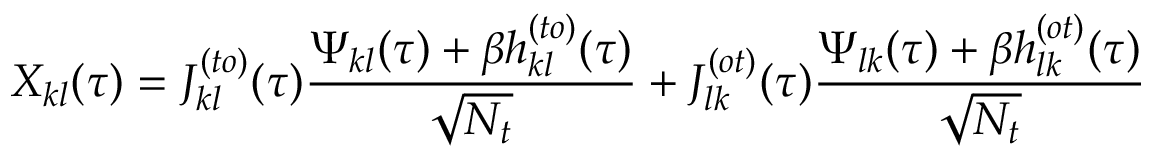
X _ { k l } ( \tau ) = J _ { k l } ^ { ( t o ) } ( \tau ) \frac { \Psi _ { k l } ( \tau ) + \beta h _ { k l } ^ { ( t o ) } ( \tau ) } { \sqrt { N _ { t } } } + J _ { l k } ^ { ( o t ) } ( \tau ) \frac { \Psi _ { l k } ( \tau ) + \beta h _ { l k } ^ { ( o t ) } ( \tau ) } { \sqrt { N _ { t } } }